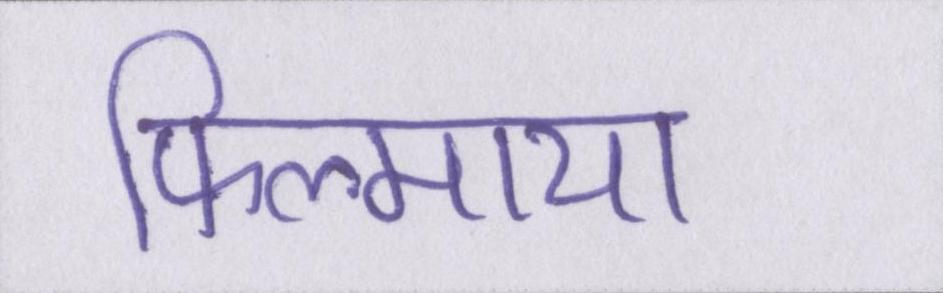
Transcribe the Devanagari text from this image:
फिल्माया